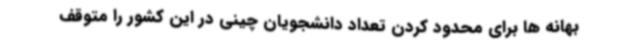
بهانه ها برای محدود کردن تعداد دانشجویان چینی در این کشور را متوقف